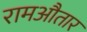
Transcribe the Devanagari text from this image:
रामऔतार